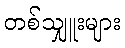
တစ်သျှူးများ